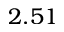
2 . 5 1